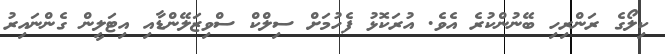
ކިލޯގެ ރަންރިހި ބޭނުންކުރެ އެވެ. އުރަކޮޅު ފެހުމަށް ސިލްކް ސްވިޒަލޭންޑާއި އިޓަލީން ގެންނައިރު